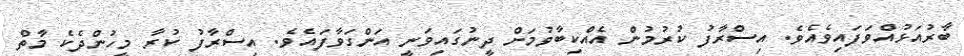
ބާރުއަޅުއްވަފައިވެއެވެ. އިސްރާފު ކުރުމުން އެއްކިބާވުމަށް ދީނުގައިވަނީ އަންގަވާފައެވެ. އިސްރާފު ކުރާ މީހުންދެކެ މާތް